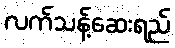
လက်သန့်ဆေးရည်